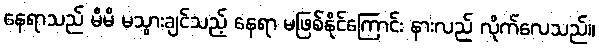
နေရာသည် မိမိ မသွားချင်သည့် နေရာ မဖြစ်နိုင်ကြောင်း နားလည် လိုက်လေသည်။